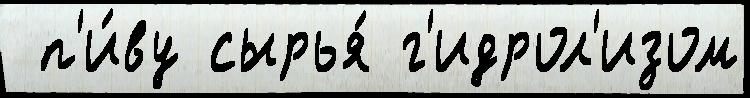
 п'и́ву сырья́ г'идрол'изом